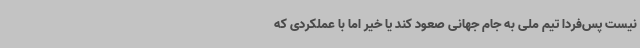
نیست پس‌فردا تیم ملی به جام جهانی صعود کند یا خیر اما با عملکردی که